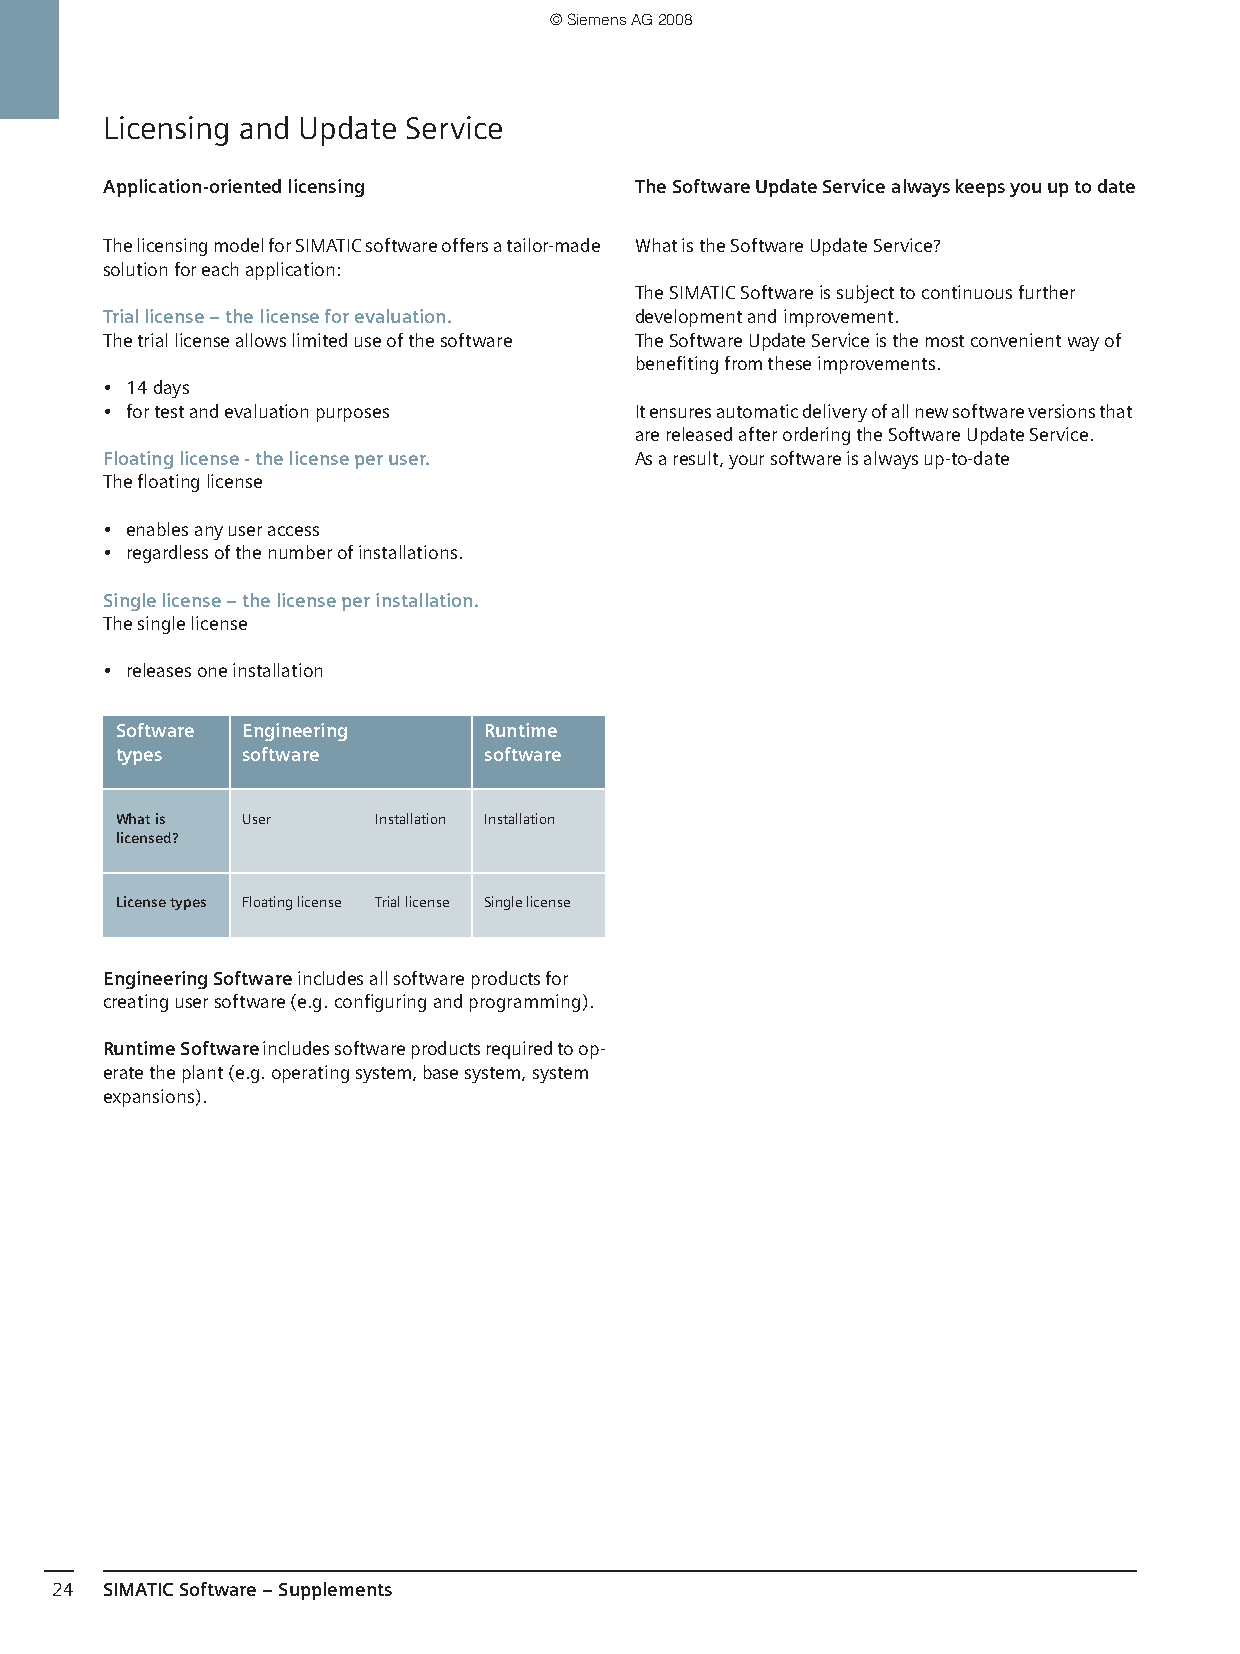
© Siemens AG 2008
 Licensing and Update Service
 Application-oriented licensing     The Software Update Service always keeps you up to date
 The licensing model for SIMATIC software offers a tailor-made What is the Software Update Service?
 solution for each application:
 The SIMATIC Software is subject to continuous further
 Trial license – the license for evaluation. development and improvement.
 The trial license allows limited use of the software The Software Update Service is the most convenient way of
 benefiting from these improvements.
 • 14 days
 • for test and evaluation purposes It ensures automatic delivery of all new software versions that
 are released after ordering the Software Update Service.
 Floating license - the license per user. As a result, your software is always up-to-date
 The floating license
 • enables any user access
 • regardless of the number of installations.
 Single license – the license per installation.
 The single license
 • releases one installation
 Software Engineering    Runtime
 types   software        software
 What is User     Installation Installation
 licensed?
 License types Floating license Trial license Single license
 Engineering Software includes all software products for
 creating user software (e.g. configuring and programming).
 Runtime Software includes software products required to op-
 erate the plant (e.g. operating system, base system, system
 expansions).
 24  SIMATIC Software – Supplements